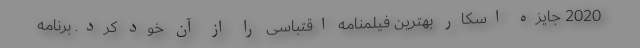
2020 جایزه اسکار بهترین فیلمنامه اقتباسی را از آن خود کرد. برنامه